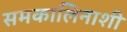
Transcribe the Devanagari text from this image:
समकालिनाशी